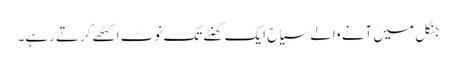
جنگل میں آنے والے سیاح ایک گھنٹے تک نوٹ اکٹھے کرتے رہے۔